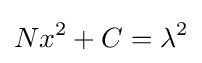
Nx^{2}+C=\lambda ^{2}